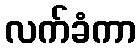
လက်ခံကာ